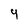
Character: 9